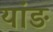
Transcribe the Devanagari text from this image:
यांङ